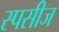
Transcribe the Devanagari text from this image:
स्पसीज